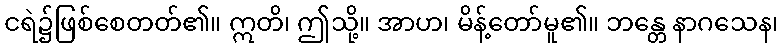
ငရဲ၌ဖြစ်စေတတ်၏။ ဣတိ၊ ဤသို့။ အာဟ၊ မိန့်တော်မူ၏။ ဘန္တေ နာဂသေန၊